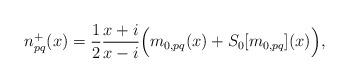
LaTeX: \begin{align*}n_{pq}^{+}(x) = \frac{1}{2} \frac{x + i}{x - i} \Big(m_{0,pq}(x) + S_{0}[m_{0,pq}](x)\Big),\end{align*}